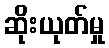
ဆိုးယုတ်မှု